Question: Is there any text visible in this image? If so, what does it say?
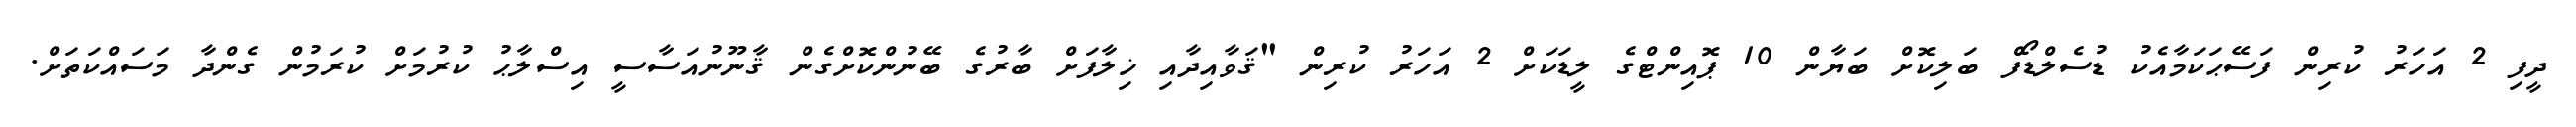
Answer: ދީފި 2 އަހަރު ކުރިން ފަސޭޙަކަމާއެކު ޑުސެލްޑޯފް ބަލިކޮށް ބަޔާން 10 ޕޮއިންޓްގެ ލީޑަކަށް 2 އަހަރު ކުރިން "ޤަވާއިދާއި ޚިލާފަށް ބާރުގެ ބޭނުންކޮށްގެން ޤާނޫނުއަސާސީ އިސްލާޙު ކުރުމަށް ކުރަމުން ގެންދާ މަސައްކަތަށް.